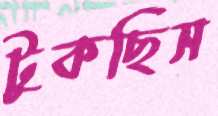
টুকছিস